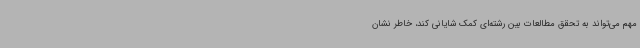
مهم می‌تواند به تحقق مطالعات بین رشته‌ای کمک شایانی کند، خاطر نشان